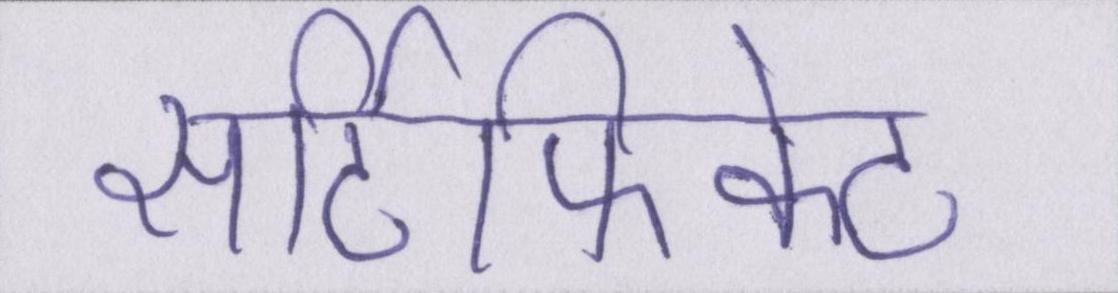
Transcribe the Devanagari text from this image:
सर्टिफिकेट